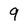
Character: 9